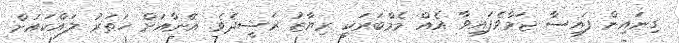
ގިނައިން ފައިސާ ޖަމާވެފައިވާ އެއް މެމްބަރަކީ ރިޔާޒު ރަޝީދެވެ. އޭނާއަށް ހަތަރު ލައްކައަށް